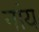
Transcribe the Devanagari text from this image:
नांय